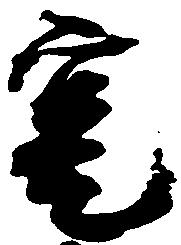
寔